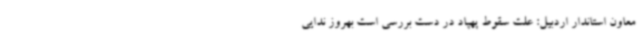
معاون استاندار اردبیل: علت سقوط پهپاد در دست بررسی است بهروز ندایی